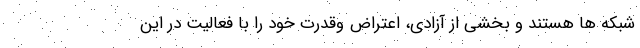
شبکه ها هستند و بخشی از آزادی، اعتراض وقدرت خود را با فعالیت در این